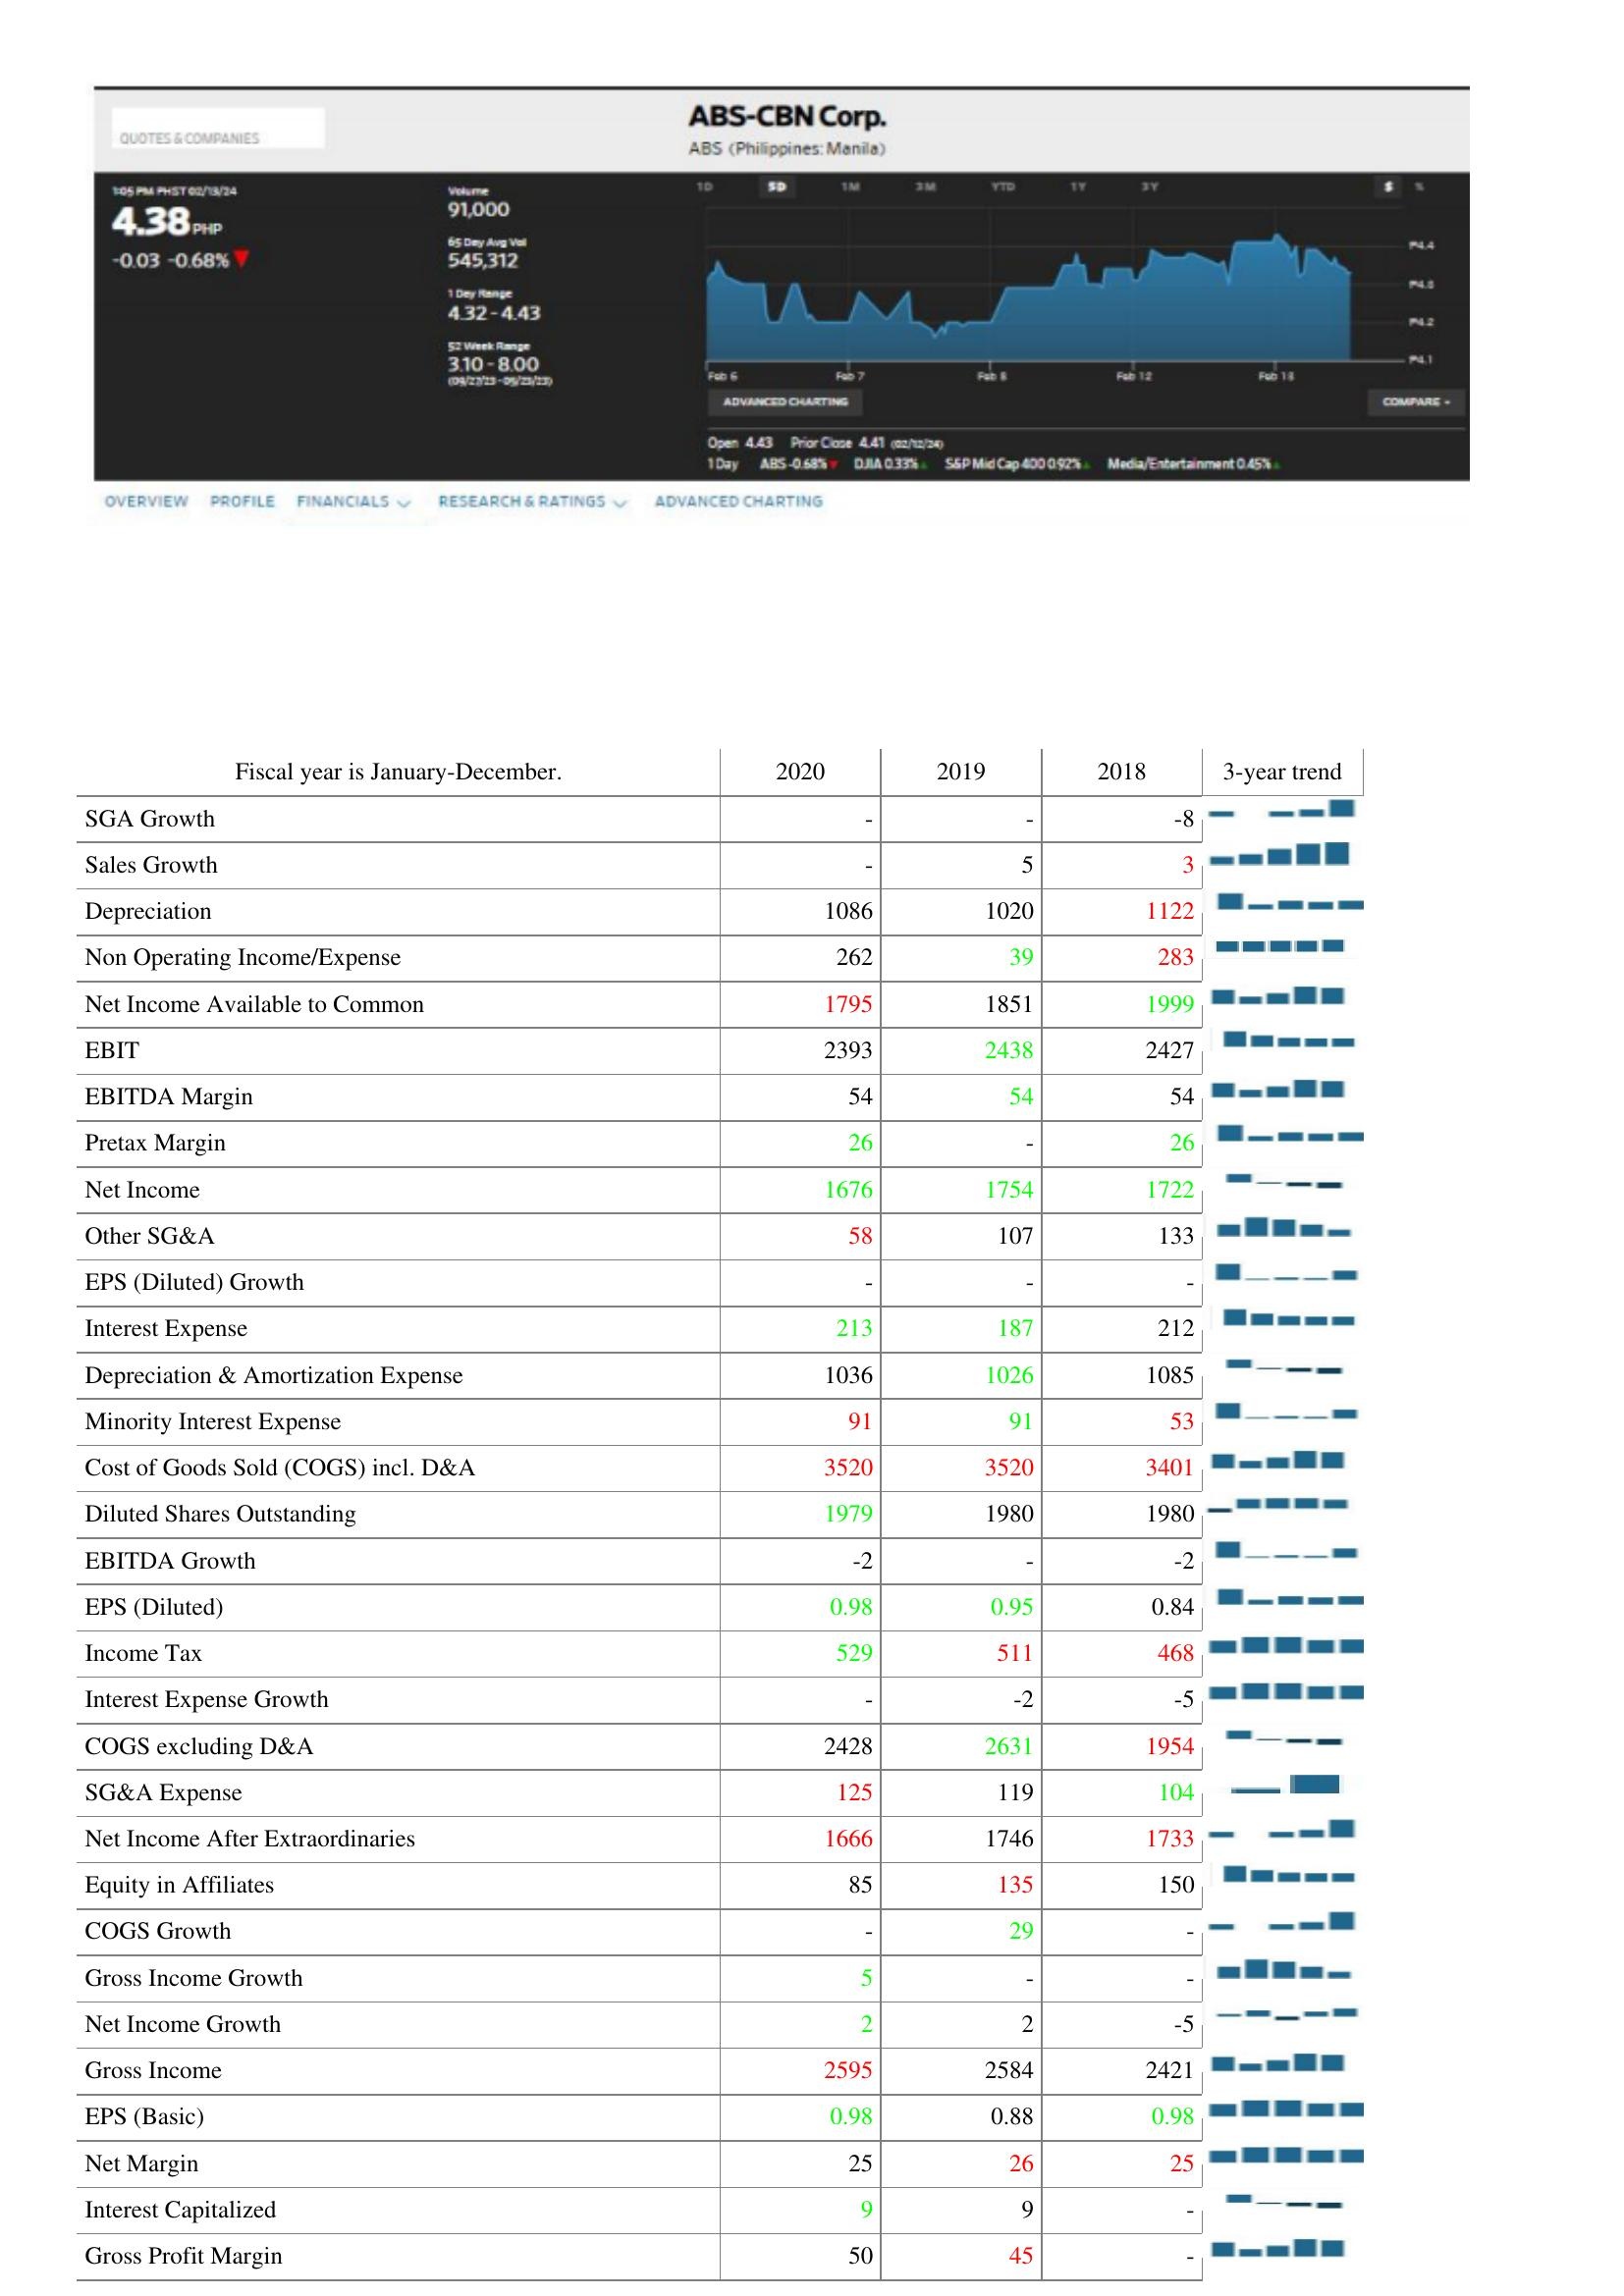
2020: : SGA Growth: -
Sales Growth: -
Depreciation: 1086
Non Operating Income/Expense: 262
Net Income Available to Common: 1795
EBIT: 2393
EBITDA Margin: 54
Pretax Margin: 26
Net Income: 1676
Other SG&A: 58
EPS (Diluted) Growth: -
Interest Expense: 213
Depreciation & Amortization Expense: 1036
Minority Interest Expense: 91
Cost of Goods Sold (COGS) incl. D&A: 3520
Diluted Shares Outstanding: 1979
EBITDA Growth: -2
EPS (Diluted): 0.98
Income Tax: 529
Interest Expense Growth: -
COGS excluding D&A: 2428
SG&A Expense: 125
Net Income After Extraordinaries: 1666
Equity in Affiliates: 85
COGS Growth: -
Gross Income Growth: 5
Net Income Growth: 2
Gross Income: 2595
EPS (Basic): 0.98
Net Margin: 25
Interest Capitalized: 9
Gross Profit Margin: 50
2019: : SGA Growth: -
Sales Growth: 5
Depreciation: 1020
Non Operating Income/Expense: 39
Net Income Available to Common: 1851
EBIT: 2438
EBITDA Margin: 54
Pretax Margin: -
Net Income: 1754
Other SG&A: 107
EPS (Diluted) Growth: -
Interest Expense: 187
Depreciation & Amortization Expense: 1026
Minority Interest Expense: 91
Cost of Goods Sold (COGS) incl. D&A: 3520
Diluted Shares Outstanding: 1980
EBITDA Growth: -
EPS (Diluted): 0.95
Income Tax: 511
Interest Expense Growth: -2
COGS excluding D&A: 2631
SG&A Expense: 119
Net Income After Extraordinaries: 1746
Equity in Affiliates: 135
COGS Growth: 29
Gross Income Growth: -
Net Income Growth: 2
Gross Income: 2584
EPS (Basic): 0.88
Net Margin: 26
Interest Capitalized: 9
Gross Profit Margin: 45
2018: : SGA Growth: -8
Sales Growth: 3
Depreciation: 1122
Non Operating Income/Expense: 283
Net Income Available to Common: 1999
EBIT: 2427
EBITDA Margin: 54
Pretax Margin: 26
Net Income: 1722
Other SG&A: 133
EPS (Diluted) Growth: -
Interest Expense: 212
Depreciation & Amortization Expense: 1085
Minority Interest Expense: 53
Cost of Goods Sold (COGS) incl. D&A: 3401
Diluted Shares Outstanding: 1980
EBITDA Growth: -2
EPS (Diluted): 0.84
Income Tax: 468
Interest Expense Growth: -5
COGS excluding D&A: 1954
SG&A Expense: 104
Net Income After Extraordinaries: 1733
Equity in Affiliates: 150
COGS Growth: -
Gross Income Growth: -
Net Income Growth: -5
Gross Income: 2421
EPS (Basic): 0.98
Net Margin: 25
Interest Capitalized: -
Gross Profit Margin: -